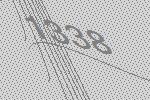
1338